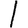
Digit: 1